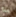
يا